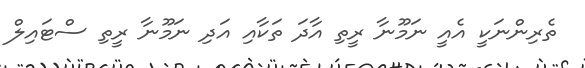
ތެރިންނަކީ އެއީ ނަމޫނާ ރީތި އާދަ ތަކާއި އަދި ނަމޫނާ ރީތި ސްޓައިލް